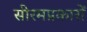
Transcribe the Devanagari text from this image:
सीरमप्रकारों